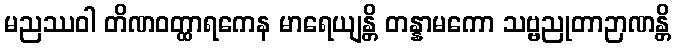
မညဿဝါ တိဏဝတ္ထာရကေန မာရေယျန္တိ တန္နာမကော သဗ္ဗညုတာဉာဏန္တိ